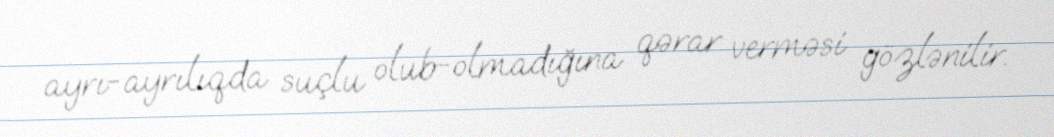
ayrı-ayrılıqda suçlu olub-olmadığına qərar verməsi gözlənilir.